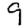
Digit: 9